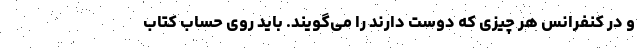
و در کنفرانس هر چیزی که دوست دارند را می‌گویند. باید روی حساب کتاب